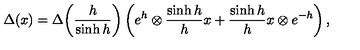
\Delta ( x ) = \Delta \! \left( \frac { h } { \sinh h } \right) \left( e ^ { h } \otimes \frac { \sinh h } { h } x + \frac { \sinh h } { h } x \otimes e ^ { - h } \right) ,